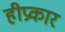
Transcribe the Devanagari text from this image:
हीप्रकार